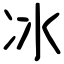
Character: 冰